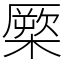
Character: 橜